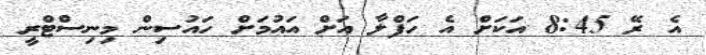
އެ ރޭ 8:45 އަކަށް އެ ހަފްލާ އަށް އައުމަށް ހައުސިން މިނިސްޓްރީ